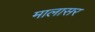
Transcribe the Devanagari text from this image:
मालासर